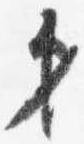
第